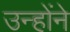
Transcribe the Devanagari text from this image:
उन्होंने